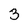
Character: 3